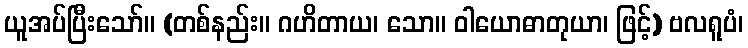
ယူအပ်ပြီးသော်။ (တစ်နည်း။ ဂဟိတာယ၊ သော။ ဝါယောဓာတုယာ၊ ဖြင့်) ဗလရူပံ၊